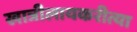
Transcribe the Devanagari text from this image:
खात्रीलायकरीत्या